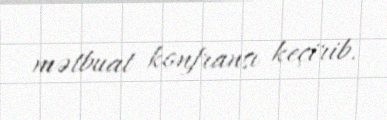
mətbuat konfransı keçirib.